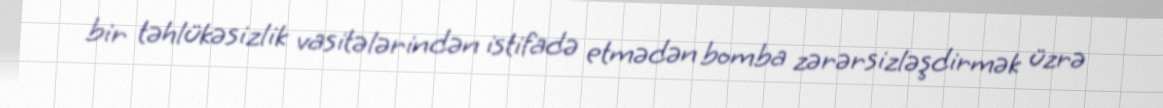
bir təhlükəsizlik vasitələrindən istifadə etmədən bomba zərərsizləşdirmək üzrə